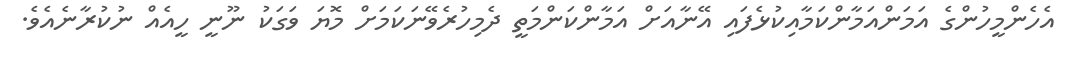
އެހެންމީހުންގެ އަމަންއަމާންކަމާއިކުޅެފައި އޭނާއަށް އަމާންކަންމަތީ ދެމިހުރެވޭނަކަމަށް މޮޔަ ވަގަކު ނޫނީ ހީއެއް ނުކުރާނެއެވެ.